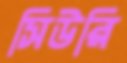
সিউরি